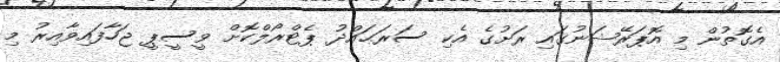
އެގޮތުން މި އޮޕަރޭޝަނުގައި ރަށުގެ އެކި ސަރަޙައްދު ޕެޓްރޯލްކޮށް ވީސީޕީ ޖަހާފައިވާއިރު މި